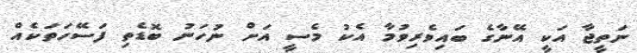
ނަތީޖާ އަކީ އޭނާގެ ބައިވެރިވުމާ އެކު މެސީ އަށް ނުހަނު ބޮޑެތި ފަސޭހަތަކެއް